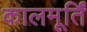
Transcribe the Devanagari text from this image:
कालमूर्तिं